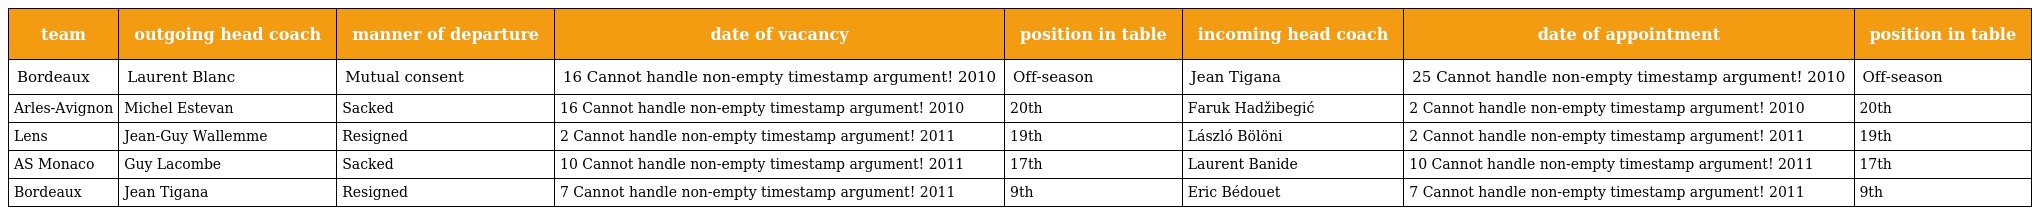
| team | outgoing head coach | manner of departure | date of vacancy | position in table | incoming head coach | date of appointment | position in table |
 | --- | --- | --- | --- | --- | --- | --- | --- |
 | Bordeaux | Laurent Blanc | Mutual consent | 16 Cannot handle non-empty timestamp argument! 2010 | Off-season | Jean Tigana | 25 Cannot handle non-empty timestamp argument! 2010 | Off-season |
 | Arles-Avignon | Michel Estevan | Sacked | 16 Cannot handle non-empty timestamp argument! 2010 | 20th | Faruk Hadžibegić | 2 Cannot handle non-empty timestamp argument! 2010 | 20th |
 | Lens | Jean-Guy Wallemme | Resigned | 2 Cannot handle non-empty timestamp argument! 2011 | 19th | László Bölöni | 2 Cannot handle non-empty timestamp argument! 2011 | 19th |
 | AS Monaco | Guy Lacombe | Sacked | 10 Cannot handle non-empty timestamp argument! 2011 | 17th | Laurent Banide | 10 Cannot handle non-empty timestamp argument! 2011 | 17th |
 | Bordeaux | Jean Tigana | Resigned | 7 Cannot handle non-empty timestamp argument! 2011 | 9th | Eric Bédouet | 7 Cannot handle non-empty timestamp argument! 2011 | 9th |